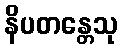
နိပတန္တေသု